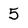
Character: 5